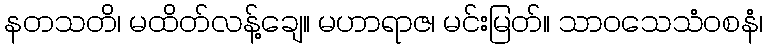
နတသတိ၊ မထိတ်လန့်ချေ။ မဟာရာဇ၊ မင်းမြတ်။ သာဝသေသံဝစနံ၊